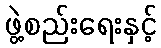
ဖွဲ့စည်းရေးနှင့်